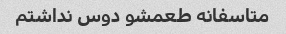
متاسفانه طعمشو دوس نداشتم